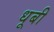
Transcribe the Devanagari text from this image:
धूबी